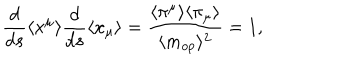
\frac { d } { d s } \langle x ^ { \mu } \rangle \frac { d } { d s } \langle x _ { \mu } \rangle = \frac { \langle \pi ^ { \mu } \rangle \langle \pi _ { \mu } \rangle } { \langle m _ { o p } \rangle ^ { 2 } } = 1 ,